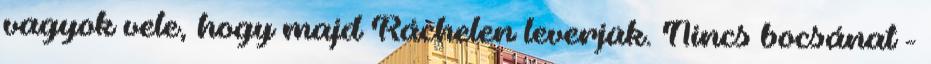
vagyok vele, hogy majd Ráchelen leverjük. Nincs bocsánat -